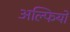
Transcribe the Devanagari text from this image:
अल्फियो